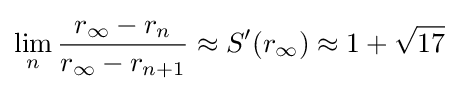
\lim _{n}{\frac {r_{\infty }-r_{n}}{r_{\infty }-r_{n+1}}}\approx S'(r_{\infty })\approx 1+{\sqrt {17}}